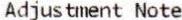
ADJUSTMENT NOTE